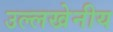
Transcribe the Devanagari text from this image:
उल्‍लखेनीय